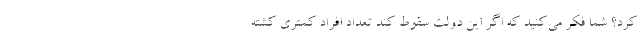
كرد؟ شما فكر مي‌كنيد كه اگر اين دولت سقوط كند تعداد افراد كمتري كشته